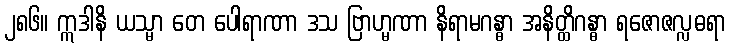
၂၈၆။ ဣဒါနိ ယသ္မာ တေ ပေါရာဏာ ဒသ ဗြာဟ္မဏာ နိရာမဂန္ဓာ အနိတ္ထိဂန္ဓာ ရဇောဇလ္လဓရာ